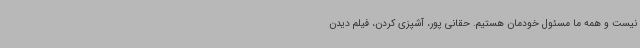
نیست و همه ما مسئول خودمان هستیم. حقانی پور، آشپزی کردن، فیلم دیدن